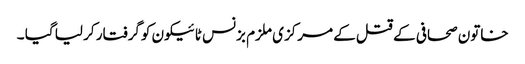
خاتون صحافی کے قتل کے مرکزی ملزم بزنس ٹائیکون کوگرفتار کر لیا گیا ۔